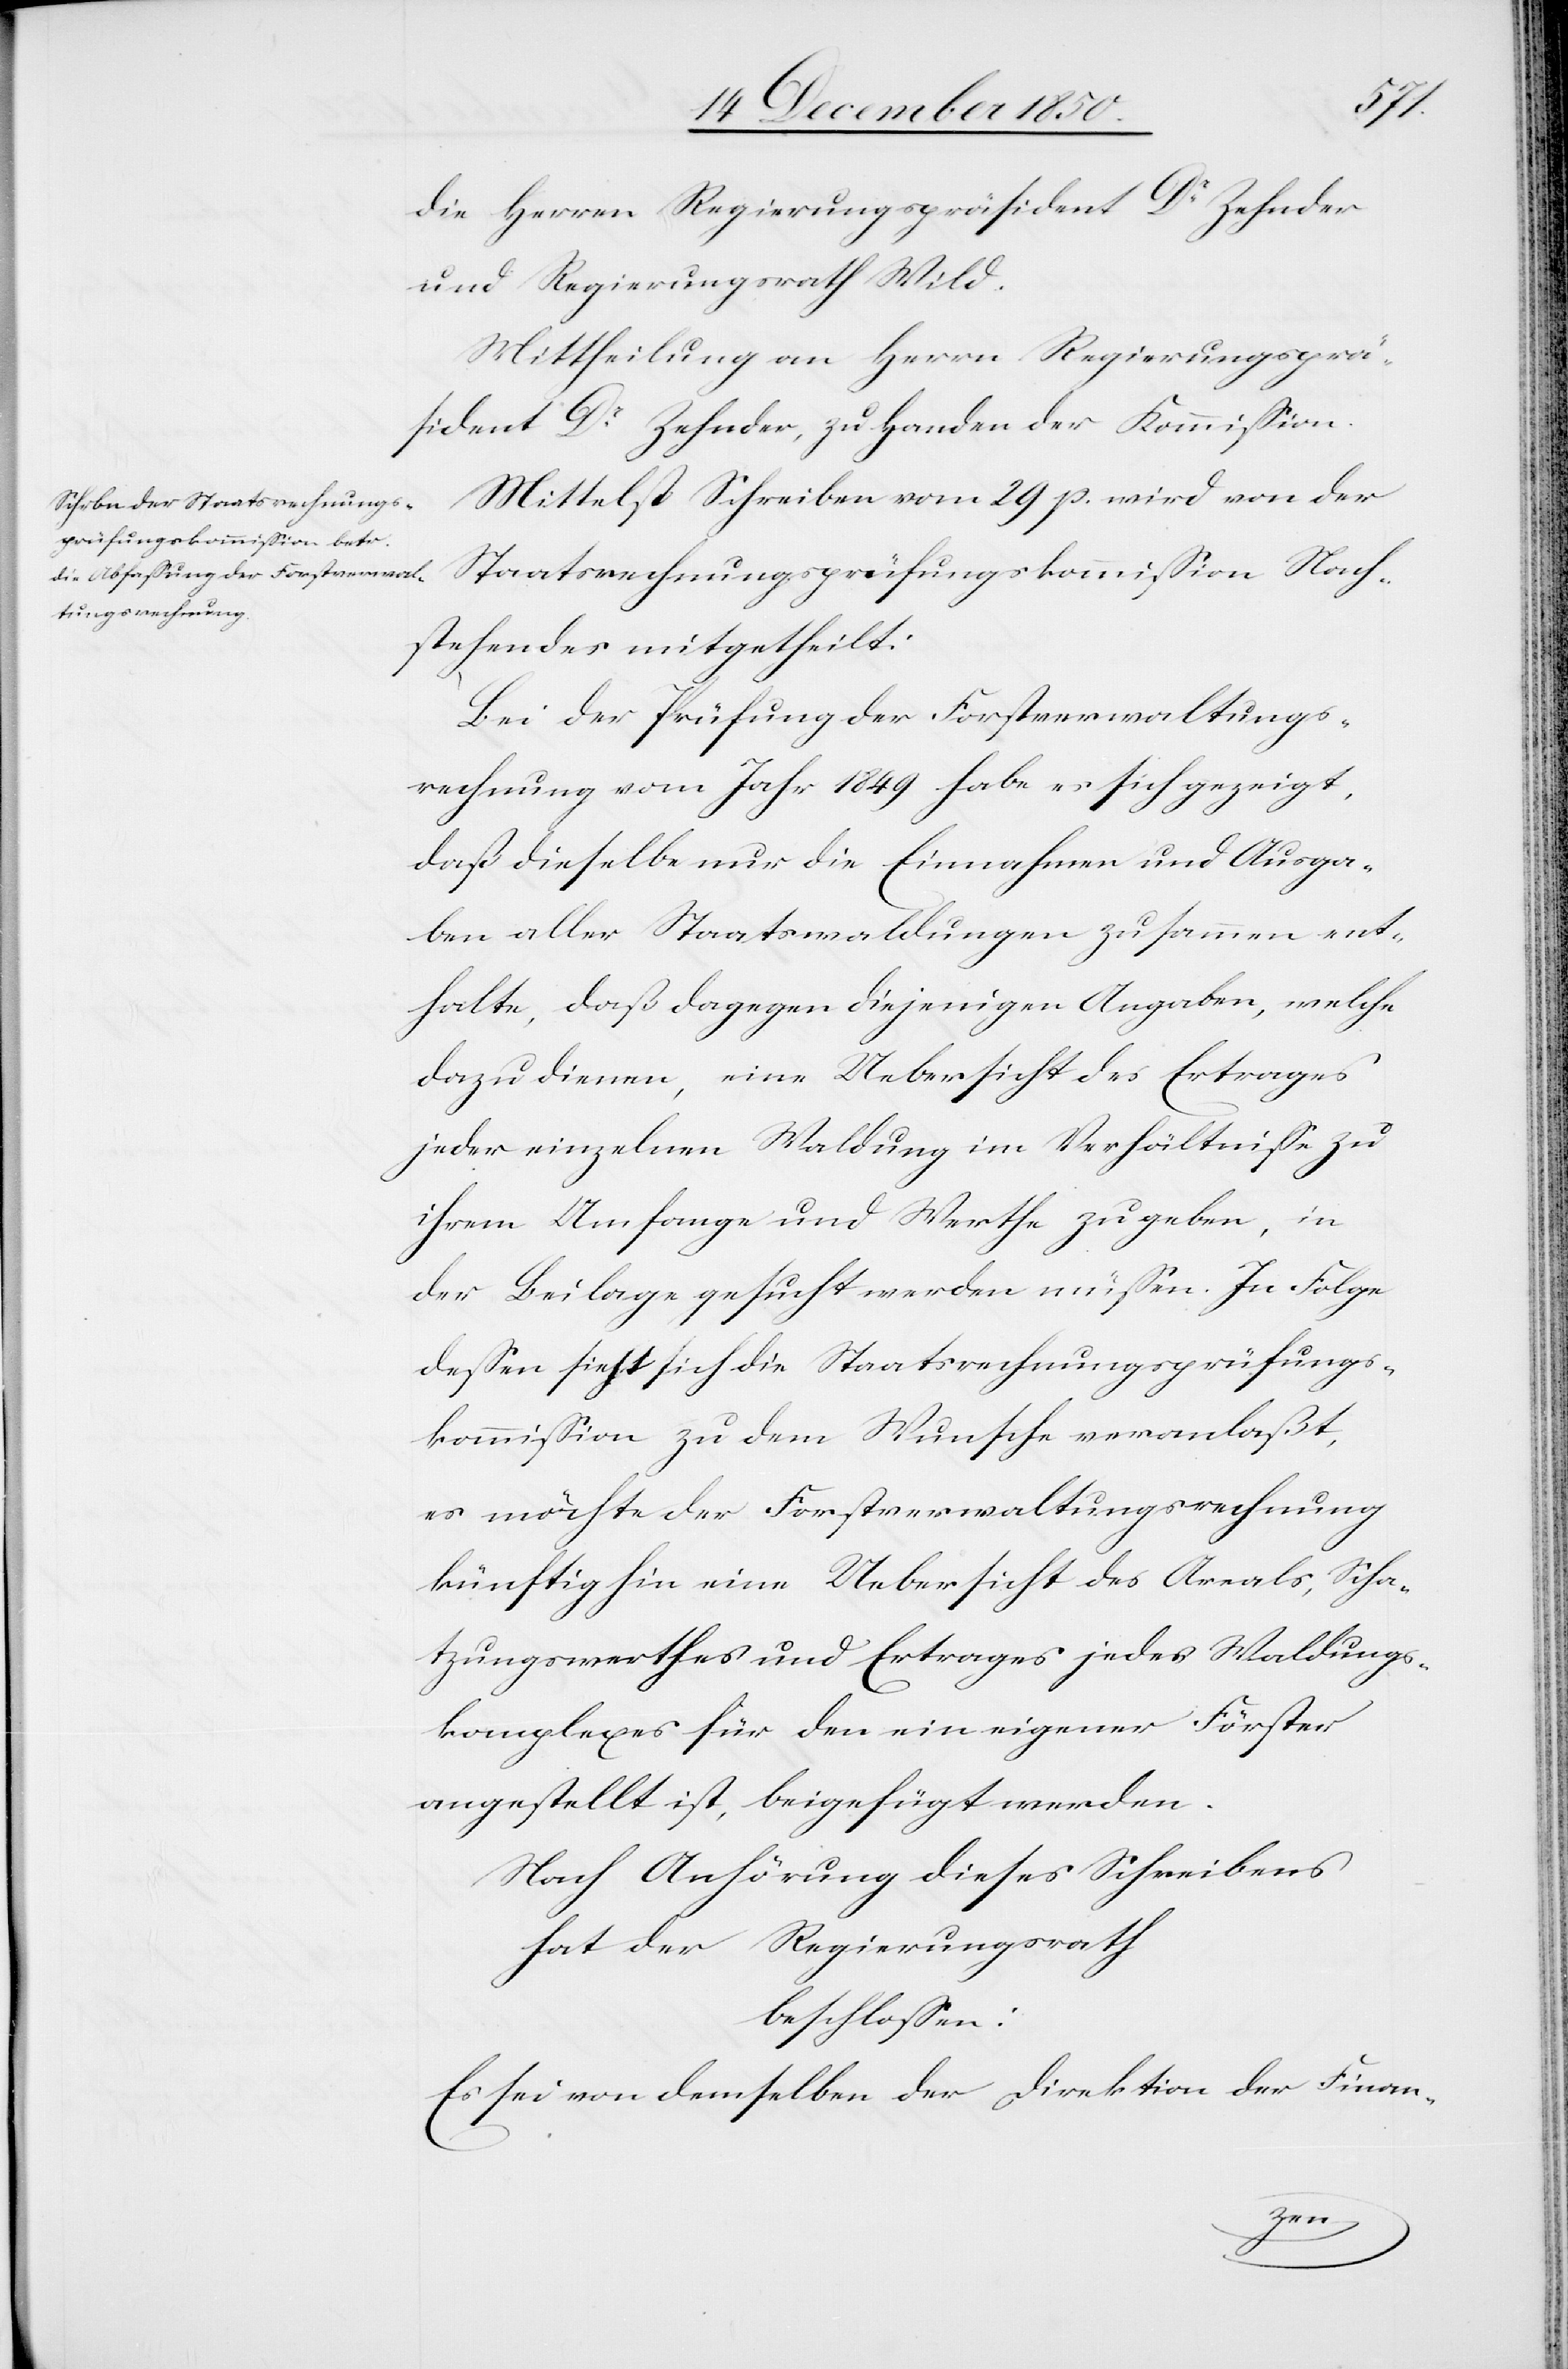
die Herren Regierungspräsident Dr Zehnder
und Regierungsrath Wild.
Mittheilung an Herrn Regierungsprä¬
sident Dr Zehnder, zu Handen der Kommission.
Mittelst Schreiben vom 29 p. wird von der
Staatsrechnungsprüfungskommission Nach¬
stehendes mitgetheilt:
Bei der Prüfung der Forstverwaltungs¬
rechnung vom Jahr 1849 habe es sich gezeigt,
daß dieselbe nur die Einnahmen und Ausga¬
ben aller Staatswaldungen zusammen ent¬
halte, daß dagegen diejenigen Angaben, welche
dazu dienen, eine Uebersicht des Ertrages
jeder einzelnen Waldung im Verhältnisse zu
ihrem Umfange und Werthe zu geben, in
der Beilage gesucht werden müssen. In Folge
dessen sieht sich die Staatsrechnungsprüfungs¬
kommission zu dem Wunsche veranlaßt,
es möchte der Forstverwaltungsrechnung
künftig hin eine Uebersicht des Areals, Scha¬
tzungswerthes und Ertrages jedes Waldungs¬
komplexes für den ein eigener Förster
angestellt ist, beigefügt werden.
Nach Anhörung dieses Schreibens
hat der Regierungsrath
beschlossen:
Es sei von demselben der Direktion der Finan-